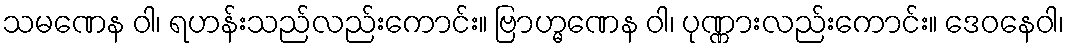
သမဏေန ဝါ၊ ရဟန်းသည်လည်းကောင်း။ ဗြာဟ္မဏေန ဝါ၊ ပုဏ္ဏားလည်းကောင်း။ ဒေဝနေဝါ၊